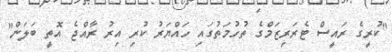
"ކުރީގެ ރައީސް ޓެރަރިޒަމްގެ ތުހުމަތުގައި ހައްޔަރު ކުރި އިރު ރާއްޖެ އޮތީ ބަލަން"